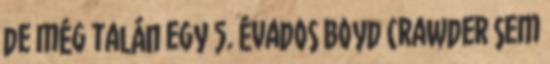
de még talán egy 5. évados Boyd Crawder sem